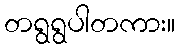
တရွရွပါတကား။